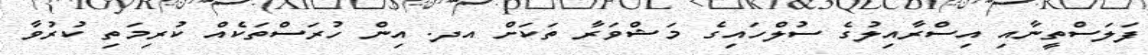
ފަލަސްތީނާއި އިސްރާއިލުގެ ސުލްހައިގެ މަޝްވަރާ ތަކަށް އދ. އިން ހުރަސްތަކެއް ކުރިމަތި ކުރުވާ